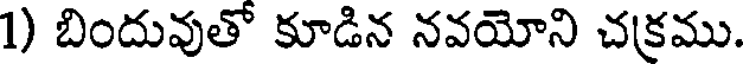
1) బిందువుతో కూడిన నవయోని చక్రము.